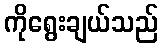
ကိုရွေးချယ်သည်